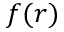
f ( r )